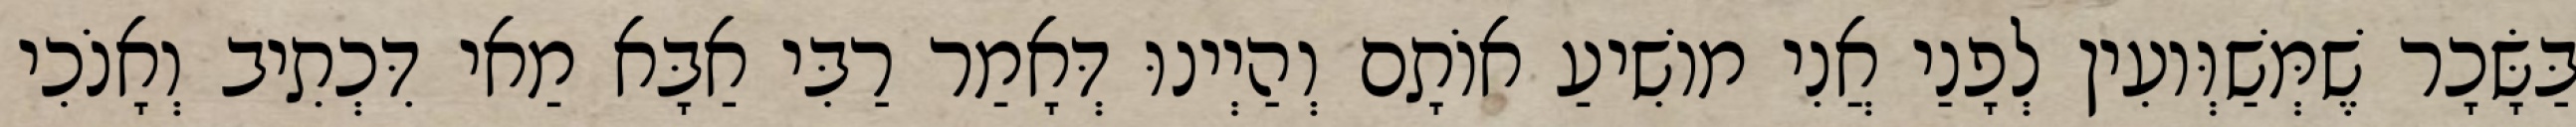
בַּשָּׂכָר שֶׁמְּשַׁוְּועִין לְפָנַי אֲנִי מוֹשִׁיעַ אוֹתָם וְהַיְינוּ דְּאָמַר רַבִּי אַבָּא מַאי דִּכְתִיב וְאָנֹכִי